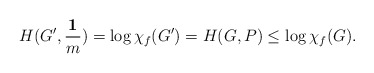
\begin{align*}H(G^\prime,\frac{\mathbf 1}{m}) = \log \chi_f(G^\prime) = H(G,P) \leq \log\chi_f(G).\end{align*}